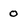
Character: 0